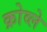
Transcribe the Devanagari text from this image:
क्रोव्ले